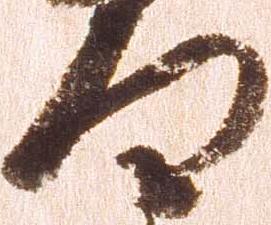
面